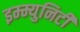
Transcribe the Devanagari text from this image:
इम्म्युनिटी